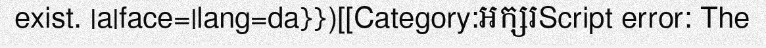
exist. |a|face=|lang=da}})[[Category:អក្សរScript error: The